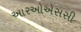
આરઓએસસી